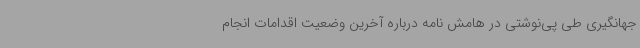
جهانگیری طی پی‌نوشتی در هامش نامه درباره آخرین وضعیت اقدامات انجام